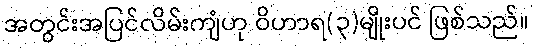
အတွင်းအပြင်လိမ်းကျံဟု ဝိဟာရ(၃)မျိုးပင် ဖြစ်သည်။